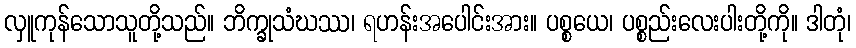
လှူကုန်သောသူတို့သည်။ ဘိက္ခုသံဃဿ၊ ရဟန်းအပေါင်းအား။ ပစ္စယေ၊ ပစ္စည်းလေးပါးတို့ကို။ ဒါတုံ၊